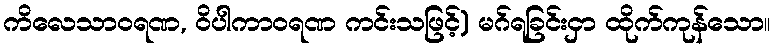
ကိလေသာဝရဏ, ဝိပါကာဝရဏ ကင်းသဖြင့်) မဂ်ရခြင်းငှာ ထိုက်ကုန်သော။